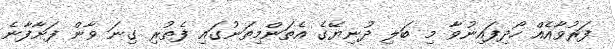
ފަރުވާއެއް ހޯދިފައިނުވާ މި ބަލި ދުނިޔޭގެ އެތަންމިތަނުގައި ފެތުރި ގިނަ ވާން ފަށާފާނެ